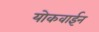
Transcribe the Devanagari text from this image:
योकवाईन